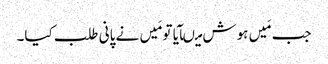
جب مَیں ہوش میںآیا تو مَیں نے پانی طلب کیا۔